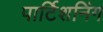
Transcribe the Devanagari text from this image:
पार्टिशनिंग